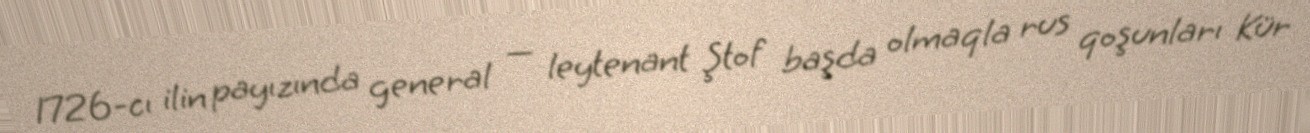
1726-cı ilin payızında general — leytenant Ştof başda olmaqla rus qoşunları Kür